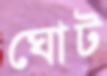
ঘোট